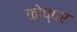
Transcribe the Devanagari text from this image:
कोप्पर